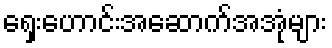
ရှေးဟောင်းအဆောက်အအုံများ